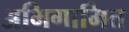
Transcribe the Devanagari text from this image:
अभिगामित